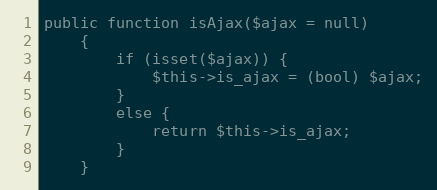
Language: PHP
public function isAjax($ajax = null)
    {
        if (isset($ajax)) {
            $this->is_ajax = (bool) $ajax;
        }
        else {
            return $this->is_ajax;
        }
    }